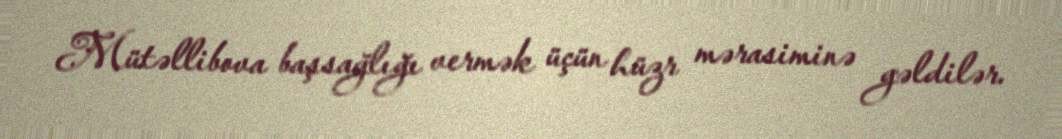
Mütəllibova başsağlığı vermək üçün hüzr mərasiminə gəldilər.